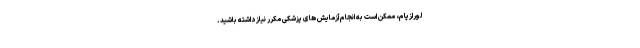
لورازپام، ممکن است به انجام آزمایش های پزشکی مکرر نیاز داشته باشید.